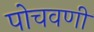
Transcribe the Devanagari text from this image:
पोचवणी